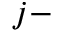
j -